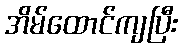
အိမ်ထောင်ကျပြီး